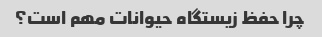
چرا حفظ زیستگاه حیوانات مهم است؟